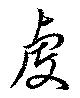
虔